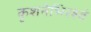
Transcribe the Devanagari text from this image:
कृशनेभिरश्वं